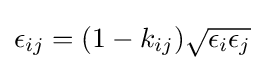
\epsilon _{ij}=(1-k_{ij}){\sqrt {\epsilon _{i}\epsilon _{j}}}